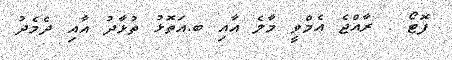
ފޮޓޯ : ރާއްޖެ އެމްވީ މާލެ އާއި ބ.އަތޮޅު ތުޅާދު އާއި ދެމެދު